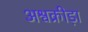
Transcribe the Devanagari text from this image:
अश्वक्रीड़ा